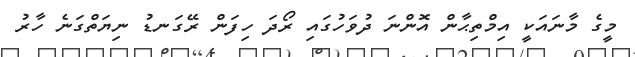
މީގެ މާނައަކީ އިމްތިޙާން އޮންނަ ދުވަހުގައި ރޯދަ ހިފަން ރޭގަނޑު ނިޔަތްގަނެ ހާރު